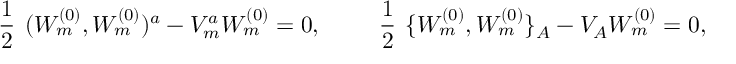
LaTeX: \mathrm { \large ~ \frac { 1 } { 2 } ~ } ( W _ { m } ^ { ( 0 ) } , W _ { m } ^ { ( 0 ) } ) ^ { a } - V _ { m } ^ { a } W _ { m } ^ { ( 0 ) } = 0 , \qquad \mathrm { \large ~ \frac { 1 } { 2 } ~ } \{ W _ { m } ^ { ( 0 ) } , W _ { m } ^ { ( 0 ) } \} _ { A } - V _ { A } W _ { m } ^ { ( 0 ) } = 0 ,